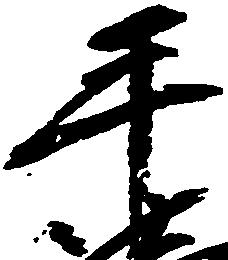
手